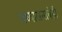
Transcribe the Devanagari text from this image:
अध्यासनाचेही